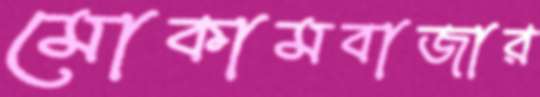
মোকামবাজার